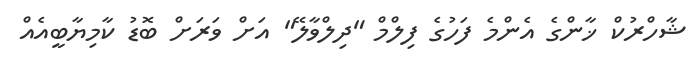
ޝާހްރުކް ޚާންގެ އެންމެ ފަހުގެ ފިލްމް "ދިލްވާލޭ" އަށް ވަރަށް ބޮޑު ކާމިޔާބީއެއް